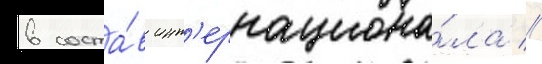
в соста́в инт'ернациона́ла //